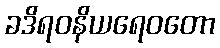
ခဒိရဝနိယရေဝတော